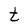
Character: t